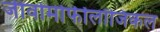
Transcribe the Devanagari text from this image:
जीवोमोर्फीलॉजिकल